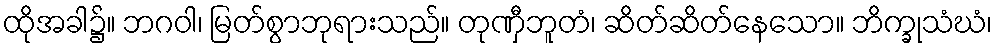
ထိုအခါ၌။ ဘဂဝါ၊ မြတ်စွာဘုရားသည်။ တုဏှီဘူတံ၊ ဆိတ်ဆိတ်နေသော။ ဘိက္ခုသံဃံ၊